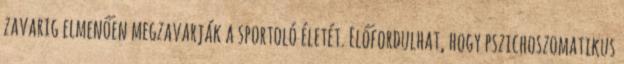
zavarig elmenően megzavarják a sportoló életét. Előfordulhat, hogy pszichoszomatikus